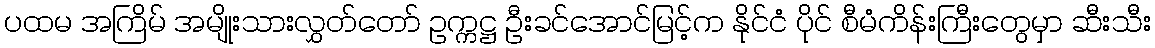
ပထမ အကြိမ် အမျိုးသားလွှတ်တော် ဥက္ကဋ္ဌ ဦးခင်အောင်မြင့်က နိုင်ငံ ပိုင် စီမံကိန်းကြီးတွေမှာ ဆီးသီး